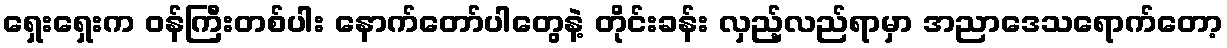
ရှေးရှေးက ဝန်ကြီးတစ်ပါး နောက်တော်ပါတွေနဲ့ တိုင်းခန်း လှည့်လည်ရာမှာ အညာဒေသရောက်တော့